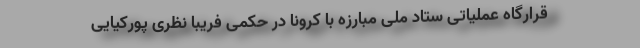
قرارگاه عملیاتی ستاد ملی مبارزه با کرونا در حکمی فریبا نظری پورکیایی